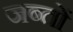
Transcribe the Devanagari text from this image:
जब्तों